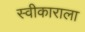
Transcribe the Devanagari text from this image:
स्वीकाराला